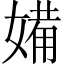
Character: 𱙡